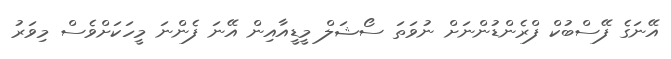
އޭނަގެ ފޭސްބުކް ފްރެންޑުންނަށް ނުވަތަ ސޯޝަލް މީޑީއާއިން އޭނަ ފެންނަ މީހަކަށްވެސް މިވަރު